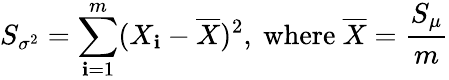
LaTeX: S_{\sigma^{2}}=\sum_{\mathbf{i}=1}^{m}(X_{\mathbf{i}}-{\overline{{{X}}}})^{2},{\mathrm{{~where~}}}{\overline{{{X}}}}={\frac{{S_{\mu}}}{{m}}}